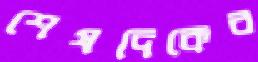
শেষদিকের